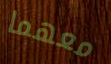
معهما